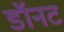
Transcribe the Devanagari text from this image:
डॉनट